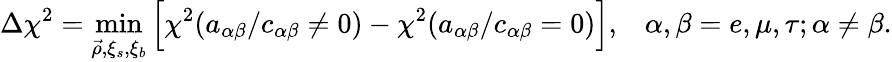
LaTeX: \Delta{\chi}^{2}=\operatorname*{min}_{\vec{\rho},\xi_{s},\xi_{b}}\Big[\chi^{2}(a_{\alpha\beta}/c_{\alpha\beta}\neq 0)-\chi^{2}(a_{\alpha\beta}/c_{\alpha\beta}=0)\Big],\, \, \, \, \, \alpha,\beta=e,\mu,\tau;\alpha\neq\beta.